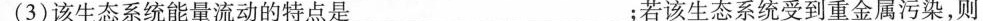
(3)该生态系统能量流动的特点是___；若该生态系统受到重金属污染，则